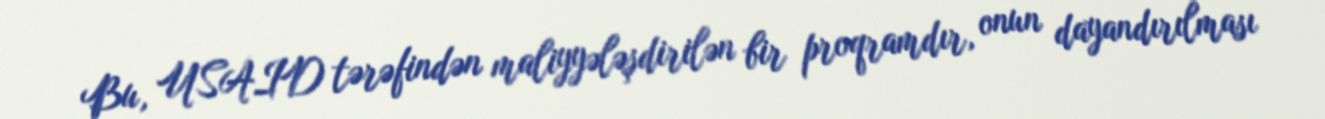
Bu, USAID tərəfindən maliyyələşdirilən bir proqramdır, onun dayandırılması